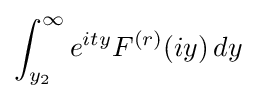
\int _{y_{2}}^{\infty }e^{ity}F^{(r)}(iy)\,dy